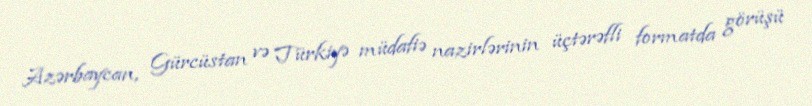
Azərbaycan, Gürcüstan və Türkiyə müdafiə nazirlərinin üçtərəfli formatda görüşü